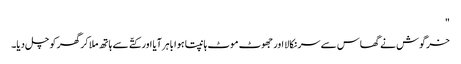
"
خرگوش نے گھاس سے سر نکالا اور جھوٹ موٹ ہانپتا ہوا باہر آیا اور کتّے سے ہاتھ ملا کر گھر کو چل دیا۔